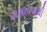
સમાવવાથી